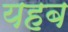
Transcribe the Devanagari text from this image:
यहब